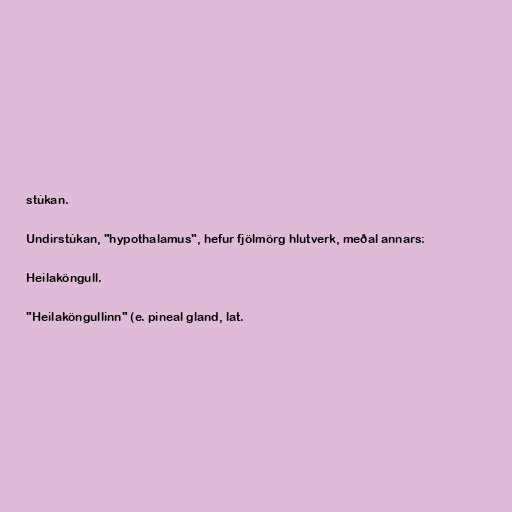
stúkan.

Undirstúkan, "hypothalamus", hefur fjölmörg hlutverk, meðal annars:

Heilaköngull.

"Heilaköngullinn" (e. pineal gland, lat.